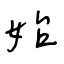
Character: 始